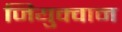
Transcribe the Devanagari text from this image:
जियुक्वान